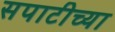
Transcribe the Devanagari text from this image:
सपाटीच्या